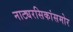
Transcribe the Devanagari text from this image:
नाट्यरसिकांसमोर